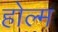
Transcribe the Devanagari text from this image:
होल्म